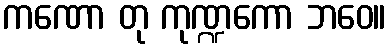
ကဏော တု ကုဏ္ဍကော ဘဝေ။